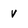
Character: v